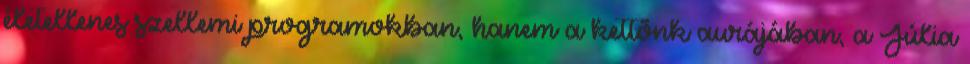
életellenes szellemi programokban, hanem a kettõnk aurájában, a Júlia